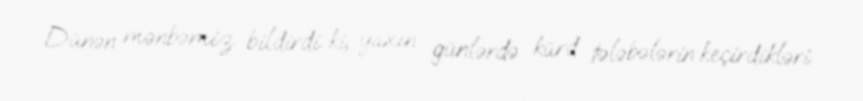
Dünən mənbəmiz bildirdi ki, yaxın günlərdə kürd tələbələrin keçirdikləri